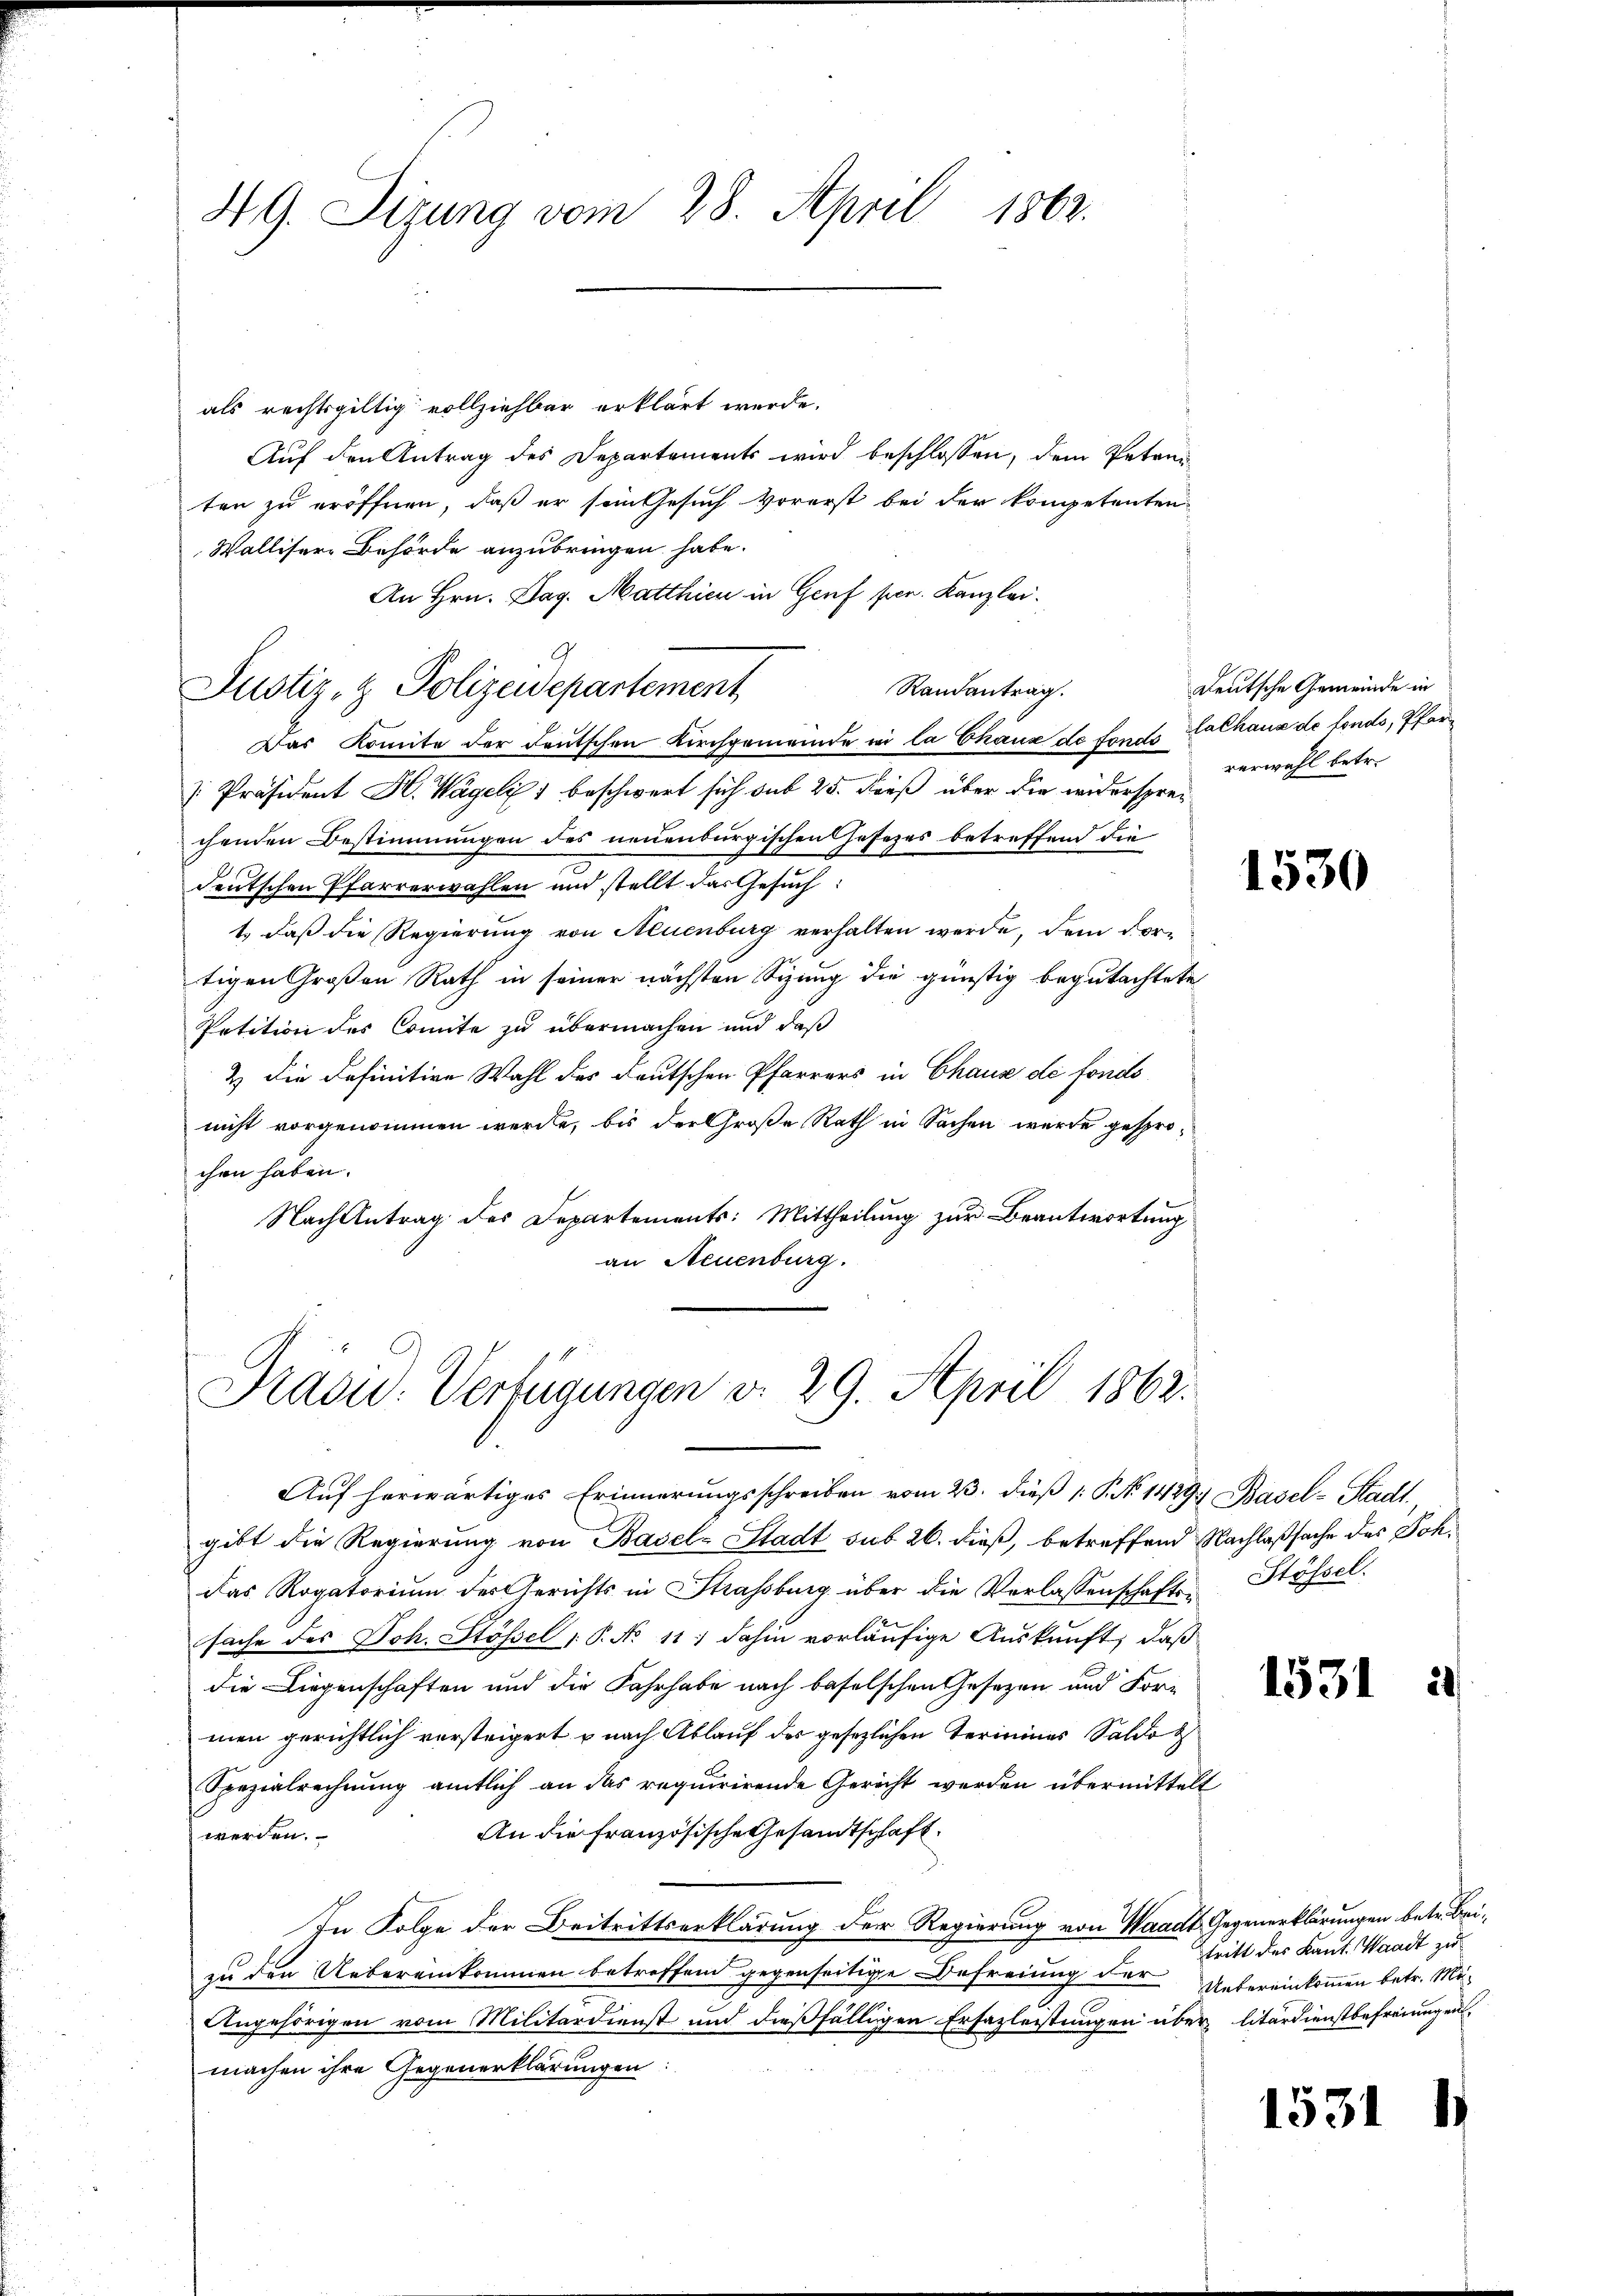
49. Sizung vom 28. April 1862.

G
Justiz- & Polizeidepartement

als rechtsgültig vollziehbar erklärt werde.
Auf den Antrag des Departements wird beschlossen, dem Peteniten zu eröffnen, daß er sein Gesuch vorerst bei der kompetenten
Wallisere Behörde anzubringen habe.
An Hrn. Dag. Matthien in Genf pen. Kanzlei.
Randantrag.
Das Komite der deutschen Kirchgemeinde in la Chaux de fonds Zachaus de fonds, Pfar¬
[Präsident H. Wägeli beschwert sich sub 25. Dieß über die widersprechenden Bestimmungen des neuenburgischen Gesezes betreffend die
deutschen Pfarrerwählen und stellt das Gesuch:
1., daß die Regierung von Neuenburg verhalten werde, dem dortigen Großen Rath in seiner nächsten Sizung die günstig begutachtete
Petition des Comite zu übermachen und daß
& die Definitive Wahl des deutschen Pfarrers in Chaus de fondo
nicht vorgenommen werde, bis der Große Rath in Sachen werde gesprochen haben.
Nach Antrag des Departements: Mittheilung zur Beantwortung
an Neuenburg.

Tradid: Verfügungen v. 29. April 1862.

Auf herwärtiges Erinnerungsschreiben vom 23. dieß 1. P. Nr. 1429. Basel-Stadt,
gibt die Regierung von Basel-Stadt sub 26. dieß, betreffend Nachlaßsache des Johdas Rogatorium des Gerichts in Strassburg über die Verlassenschaft Stössel.
sache des Joh. Stössel P. No 11) dahin vorläufige Auskunft, daß
die Liegenschaften und die Fahrhabe nach baselschen Gesezen und For-
men gerichtlich versteigert u nach Ablauf des gesezlichen Terminas Saldot
Spezialrechnung amtlich an das requirirende Gericht werden übermittelt
An die französische Gesandtschaft.
werden.
In Folge der Beitrittserklärung der Regierung von Waadt Gegenerklärungen betr. Beizu den Uebereinkommen betreffend gegenseitige Befreiung der Uebereinkommen betr. Mi¬
Angehörigen vom Militärdienst und dießfälligen Ersazleistungen über litärdienstbefreiungen
machen ihre Gegenerklärungen:

Deutsche Gemeinde in
verwahl betr.

1530

1531

tritt des Kant. Waadt zu

1531